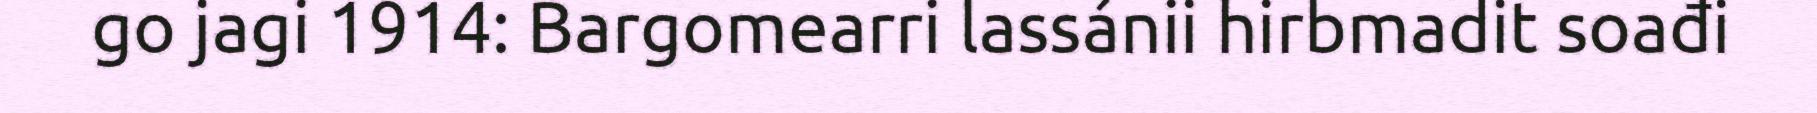
go jagi 1914: Bargomearri lassánii hirbmadit soađi